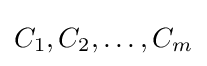
C_{1},C_{2},\dots ,C_{m}